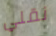
نقلي